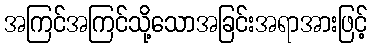
အကြင်အကြင်သို့သောအခြင်းအရာအားဖြင့်